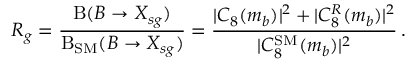
R _ { g } = \frac { \mathrm { B } ( B \to X _ { s g } ) } { \mathrm { B } _ { \mathrm { S M } } ( B \to X _ { s g } ) } = \frac { | C _ { 8 } ( m _ { b } ) | ^ { 2 } + | C _ { 8 } ^ { R } ( m _ { b } ) | ^ { 2 } } { | C _ { 8 } ^ { \mathrm { S M } } ( m _ { b } ) | ^ { 2 } } \, .